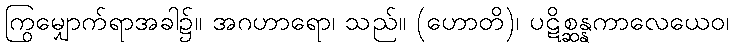
ကြွမျှောက်ရာအခါ၌။ အဂဟာရော၊ သည်။ (ဟောတိ)၊ ပဋိစ္ဆန္နကာလေယေဝ၊